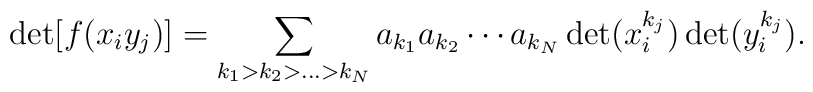
\det [ f(x_i y_j) ] = \sum_{k_1 > k_2 > \ldots > k_N} a_{k_1} a_{k_2}\cdots  a_{k_N}  \det (x_i^{k_j}) \det (y_i^{k_j}) .